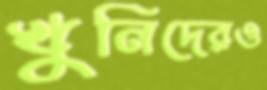
খুনিদেরও